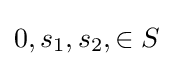
0,s_{1},s_{2},\in S